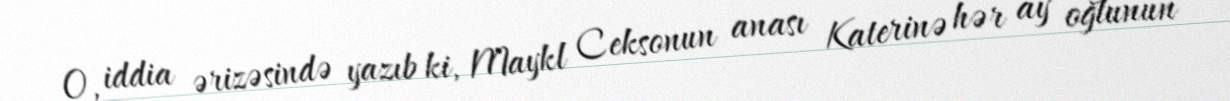
O, iddia ərizəsində yazıb ki, Maykl Ceksonun anası Katerinə hər ay oğlunun